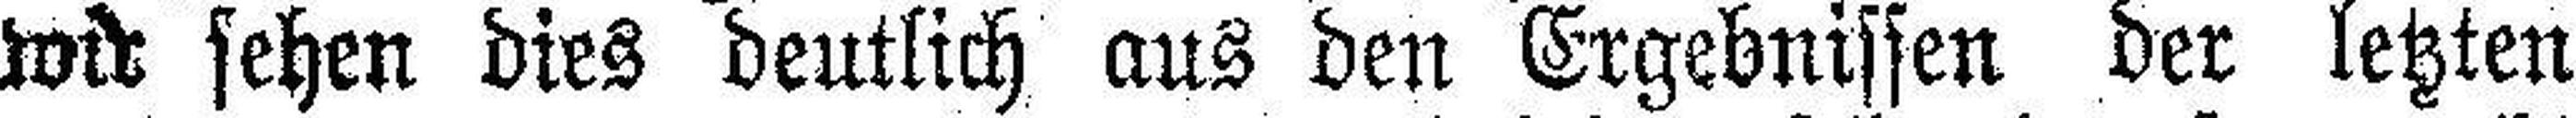
wir sehen dies deutlich aus den Ergebnissen der letzten